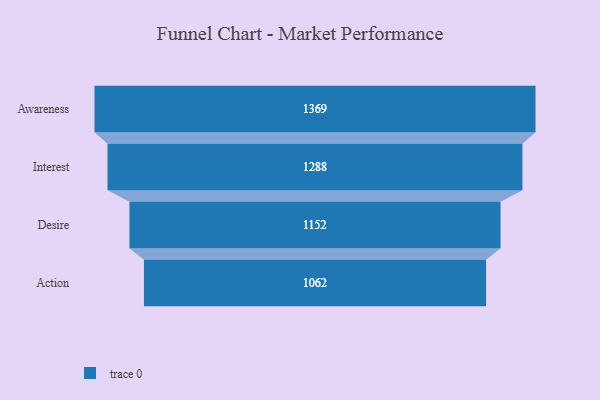
{"axis": {"x": "Stage", "y": "Value"}, "legend": [""], "data": [{"x": "Awareness", "y": 1369.0, "type": ""}, {"x": "Interest", "y": 1288.0, "type": ""}, {"x": "Desire", "y": 1152.0, "type": ""}, {"x": "Action", "y": 1062.0, "type": ""}]}